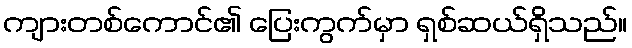
ကျားတစ်ကောင်၏ ပြေးကွက်မှာ ရှစ်ဆယ်ရှိသည်။